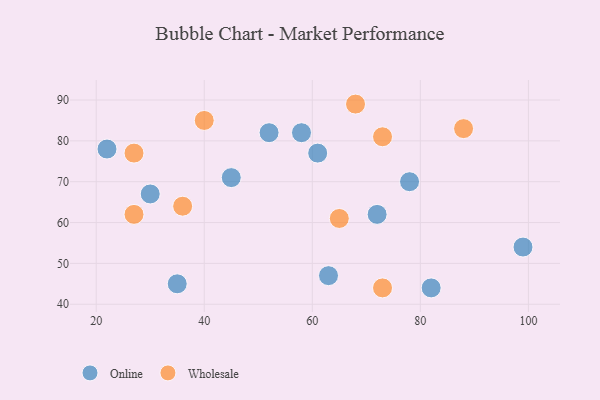
{"axis": {"x": "GDP", "y": "Life Expectancy"}, "legend": ["Online", "Wholesale"], "data": [{"x": "52", "y": 82, "type": "Online"}, {"x": "45", "y": 71, "type": "Online"}, {"x": "78", "y": 70, "type": "Online"}, {"x": "82", "y": 44, "type": "Online"}, {"x": "22", "y": 78, "type": "Online"}, {"x": "35", "y": 45, "type": "Online"}, {"x": "30", "y": 67, "type": "Online"}, {"x": "63", "y": 47, "type": "Online"}, {"x": "72", "y": 62, "type": "Online"}, {"x": "58", "y": 82, "type": "Online"}, {"x": "61", "y": 77, "type": "Online"}, {"x": "99", "y": 54, "type": "Online"}, {"x": "27", "y": 77, "type": "Wholesale"}, {"x": "65", "y": 61, "type": "Wholesale"}, {"x": "36", "y": 64, "type": "Wholesale"}, {"x": "27", "y": 62, "type": "Wholesale"}, {"x": "73", "y": 44, "type": "Wholesale"}, {"x": "73", "y": 81, "type": "Wholesale"}, {"x": "88", "y": 83, "type": "Wholesale"}, {"x": "68", "y": 89, "type": "Wholesale"}, {"x": "40", "y": 85, "type": "Wholesale"}]}